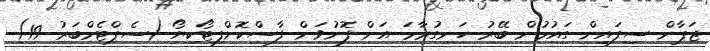
ޖަޕާން ސިފައިން ގައުމުން ބޭރު ހަނގުރާމަ އަށް ފޮނުވަން ފާސްކޮށްފިޓޯކިޔޯ (ސެޕްޓެމްބަރު 19)